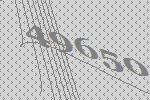
49650